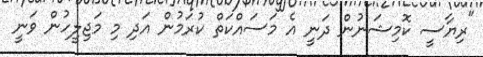
"ރިޔާސީ ކޮމިޝަނުން ދަނީ އެ މަސައްކަތް ކުރަމުން އަދި މި މަޖިލީހުން ވަނީ